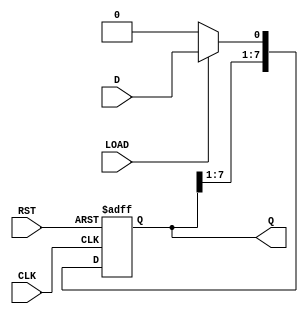
module ParameterizedShiftRegister #(
    parameter N = 8  // Default width of the shift register
)(
    input wire D,          // Data input
    input wire CLK,        // Clock signal
    input wire RST,        // Asynchronous reset
    input wire LOAD,       // Load control signal
    output reg [N-1:0] Q   // Data output
);

    // Internal storage for the shift register
    reg [N-1:0] shift_reg;

    // Always block triggered on the rising edge of the clock
    always @(posedge CLK or posedge RST) begin
        if (RST) begin
            // Asynchronous reset: clear the shift register
            shift_reg <= {N{1'b0}}; // Set all bits to 0
        end else if (LOAD) begin
            // Load new data into the least significant bit (LSB)
            shift_reg <= {shift_reg[N-1:1], D}; // Shift right and load D
        end else begin
            // Shift right: discard the least significant bit (LSB)
            shift_reg <= {shift_reg[N-1:1], 1'b0}; // Shift right and fill LSB with 0
        end
    end

    // Assign the internal shift register to the output
    assign Q = shift_reg;

endmodule